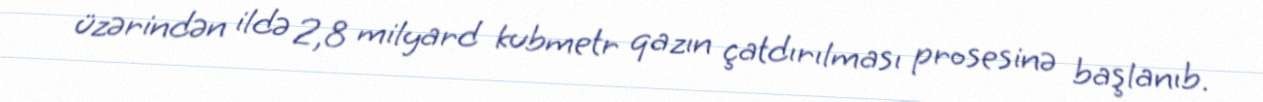
üzərindən ildə 2,8 milyard kubmetr qazın çatdırılması prosesinə başlanıb.